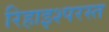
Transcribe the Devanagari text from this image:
रिहाइश्परस्त